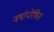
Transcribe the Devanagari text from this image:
वर्षापोषित